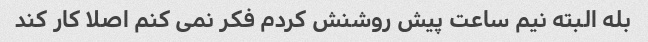
بله البته نیم ساعت پیش روشنش کردم فکر نمی کنم اصلا کار کند